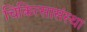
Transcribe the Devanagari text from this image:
चिकित्सासंस्था